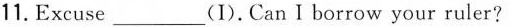
11.Excuse___(I).Can I borrow your ruler?